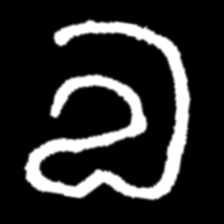
Pyu character \u2014 Myanmar letter: လ (romanized: la)